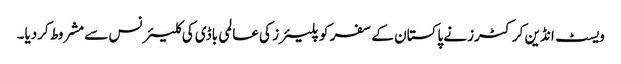
ویسٹ انڈین کرکٹرز نے پاکستان کے سفر کو پلیئرز کی عالمی باڈی کی کلیئرنس سے مشروط کردیا۔